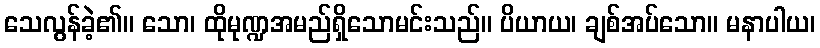
သေလွန်ခဲ့၏။ သော၊ ထိုမုဏ္ဍအမည်ရှိသောမင်းသည်။ ပိယာယ၊ ချစ်အပ်သော။ မနာပါယ၊